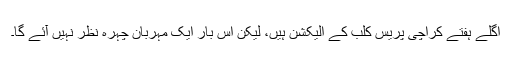
اگلے ہفتے کراچی پریس کلب کے الیکشن ہیں، لیکن اس بار ایک مہربان چہرہ نظر نہیں آئے گا۔